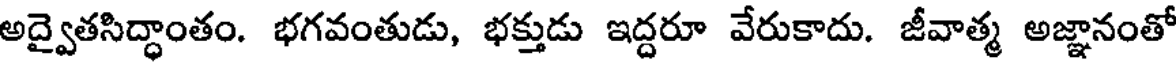
అద్వైతసిద్ధాంతం. భగవంతుడు, భక్తుడు ఇద్దరూ వేరుకాదు. జీవాత్మ అజ్ఞానంతో